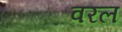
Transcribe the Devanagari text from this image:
वरल